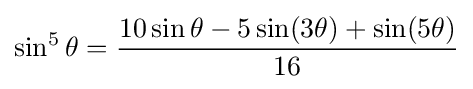
\sin ^{5}\theta ={\frac {10\sin \theta -5\sin(3\theta )+\sin(5\theta )}{16}}